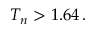
T _ { n } > 1 . 6 4 \, .